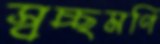
স্বচ্ছমণি